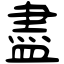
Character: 盡